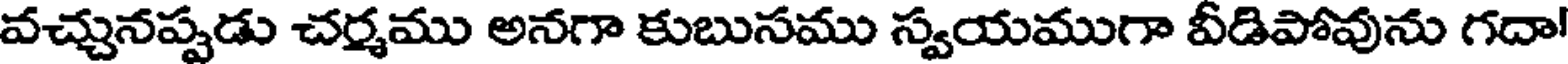
వచ్చునప్పడు చర్మము అనగా కుబుసము స్వయముగా వీడిపోవును గదా